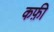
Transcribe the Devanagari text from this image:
कफ़ी